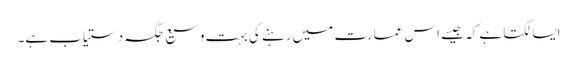
ایسا لگتا ہے کہ جیسے اس عمارت میں رہنے کی بہت وسیع جگہ دستیاب ہے۔